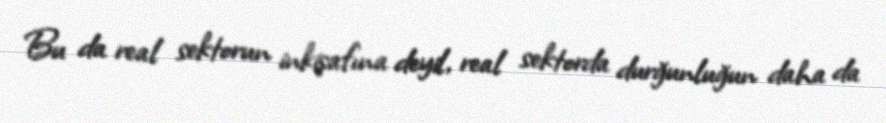
Bu da real sektorun inkişafına deyil, real sektorda durğunluğun daha da